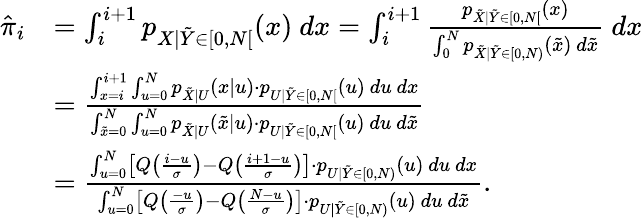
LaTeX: \begin{array}{rl}{\hat{\pi}_{i}}&{=\int_{i}^{i+1}p_{X|\tilde{Y}\in[0,N[}(x)~dx=\int_{i}^{i+1}\frac{p_{\tilde{X}|\tilde{Y}\in[0,N[}(x)}{\int_{0}^{N}p_{\tilde{X}|\tilde{Y}\in[0,N)}(\tilde{x})~d\tilde{x}}~dx}\\ &{=\frac{\int_{x=i}^{i+1}\int_{u=0}^{N}p_{\tilde{X}|U}(x|u)\cdot p_{U|\tilde{Y}\in[0,N[}(u)~du~dx}{\int_{\tilde{x}=0}^{N}\int_{u=0}^{N}p_{\tilde{X}|U}(\tilde{x}|u)\cdot p_{U|\tilde{Y}\in[0,N[}(u)~du~d\tilde{x}}}\\ &{=\frac{\int_{u=0}^{N}\left[Q\left(\frac{i-u}{\sigma}\right)-Q\left(\frac{i+1-u}{\sigma}\right)\right]\cdot p_{U|\tilde{Y}\in[0,N)}(u)~du~dx}{\int_{u=0}^{N}\left[Q\left(\frac{-u}{\sigma}\right)-Q\left(\frac{N-u}{\sigma}\right)\right]\cdot p_{U|\tilde{Y}\in[0,N)}(u)~du~d\tilde{x}}.}\end{array}